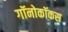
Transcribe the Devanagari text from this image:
गॉनोकॉकस